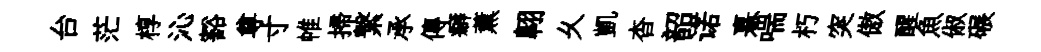
台茫椁沁豁尊寸帷掃繋承傳癖薰翺乆凱杳韶诺憙喘朽突傲醒魚俶碾